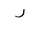
Letter: _dal